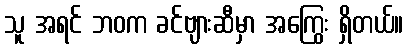
သူ အရင် ဘဝက ခင်ဗျားဆီမှာ အကြွေး ရှိတယ်။